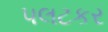
પલટકર